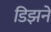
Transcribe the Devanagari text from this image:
डिझने